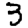
Digit: 3